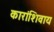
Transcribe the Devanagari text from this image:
कारांशिवाय